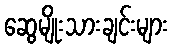
ဆွေမျိုးသားချင်းများ